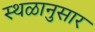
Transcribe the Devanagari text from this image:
स्थळानुसार